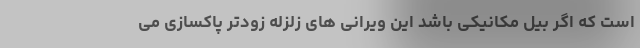
است که اگر بیل مکانیکی باشد این ویرانی های زلزله زودتر پاکسازی می